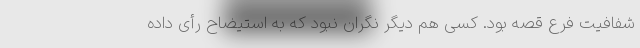
شفافیت فرع قصه بود. کسی هم دیگر نگران نبود که به استیضاح رأی داده